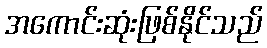
အကောင်းဆုံးဖြစ်နိုင်သည်